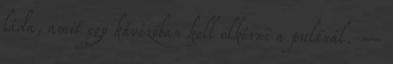
láda, amit egy kávézóban kell elkérni a pultnál. –